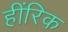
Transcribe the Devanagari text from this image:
हींरिक